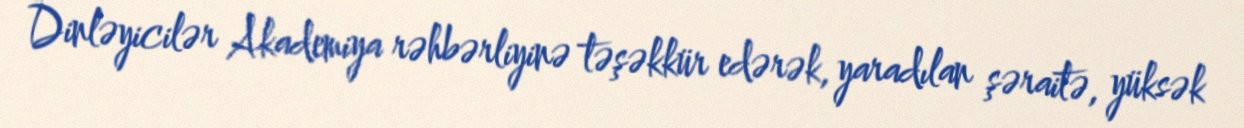
Dinləyicilər Akademiya rəhbərliyinə təşəkkür edərək, yaradılan şəraitə, yüksək